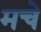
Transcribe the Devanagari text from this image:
मचे